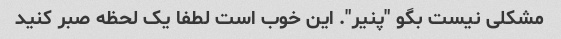
مشکلی نیست بگو "پنیر". این خوب است لطفا یک لحظه صبر کنید